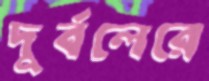
দুর্বলেরে